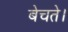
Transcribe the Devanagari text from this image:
बेचते।